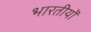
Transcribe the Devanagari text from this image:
भारतीयोँ